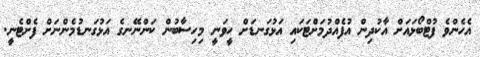
އެހެންވެ ފުޓްބޯޅައަށް އާކުދިން އުފެއްދުމަށްޓަކައި އަޅުގަނޑަށް ހީވަނީ މިހިސާބުން ކަންނޭނގެ އަޅުގަނޑުމެންނަށް ފެށްޓެނީ.